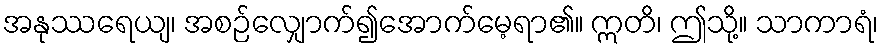
အနုဿရေယျ၊ အစဉ်လျှောက်၍အောက်မေ့ရာ၏။ ဣတိ၊ ဤသို့။ သာကာရံ၊